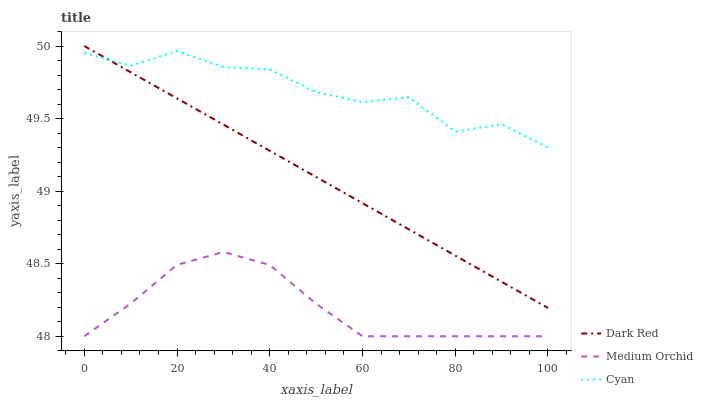
| xaxis_label | Dark Red | Medium Orchid | Cyan |
 | --- | --- | --- | --- |
 | 0 | 50 | 48 | 50 |
 | 10 | 49.8 | 48.2 | 49.9 |
 | 20 | 49.6 | 48.5 | 50 |
 | 30 | 49.5 | 48.6 | 49.9 |
 | 40 | 49.3 | 48.5 | 49.8 |
 | 50 | 49.1 | 48.2 | 49.7 |
 | 60 | 48.9 | 48 | 49.6 |
 | 70 | 48.7 | 48 | 49.6 |
 | 80 | 48.6 | 48 | 49.4 |
 | 90 | 48.4 | 48 | 49.5 |
 | 100 | 48.2 | 48 | 49.3 |